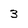
Character: 3